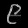
Digit: ၉